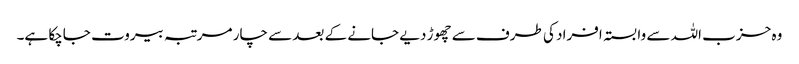
وہ حزب اللہ سے وابستہ افراد کی طرف سے چھوڑ دیے جانے کے بعد سے چار مرتبہ بیروت جاچکا ہے۔